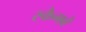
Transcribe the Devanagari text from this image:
स्कैगवे